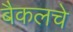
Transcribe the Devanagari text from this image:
बैकलचे